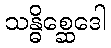
သန္ဓိစ္ဆေဒေါ